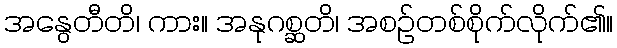
အနွေတီတိ၊ ကား။ အနုဂစ္ဆတိ၊ အစဉ်တစ်စိုက်လိုက်၏။